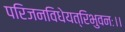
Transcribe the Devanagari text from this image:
परिजनविधेयत्रिभुवनः।।